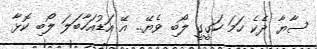
ސާޔާ ދެކެ ހަމަ ހަގީގީ ލޯބި ވެޔޭ.. އޭ އަޑުއަހާބަލަ ލޯބި ކޮޅާ